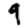
Digit: 9